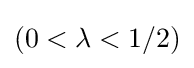
(0<\lambda <1/2)